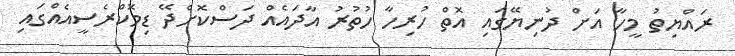
ރައްޔިތު މީހާ އަށް ދުނިޔޭގައި އޮތް ހުރިހާ ހުތުރު އާދައެއް ދަސްކޮށްދޭ ޑިިމޮކްރެސީއެއްގައި